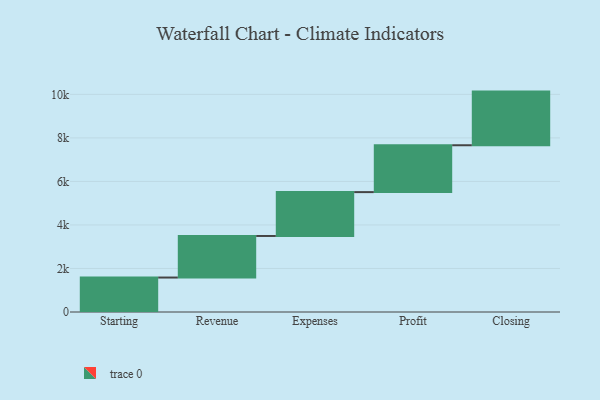
{"axis": {"x": "Step", "y": "Value"}, "legend": [""], "data": [{"x": "Starting", "y": 1583.0, "type": ""}, {"x": "Revenue", "y": 1910.0, "type": ""}, {"x": "Expenses", "y": 2015.0, "type": ""}, {"x": "Profit", "y": 2153.0, "type": ""}, {"x": "Closing", "y": 2465.0, "type": ""}]}